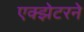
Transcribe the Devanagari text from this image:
एक्झेटरने